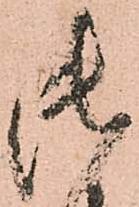
御